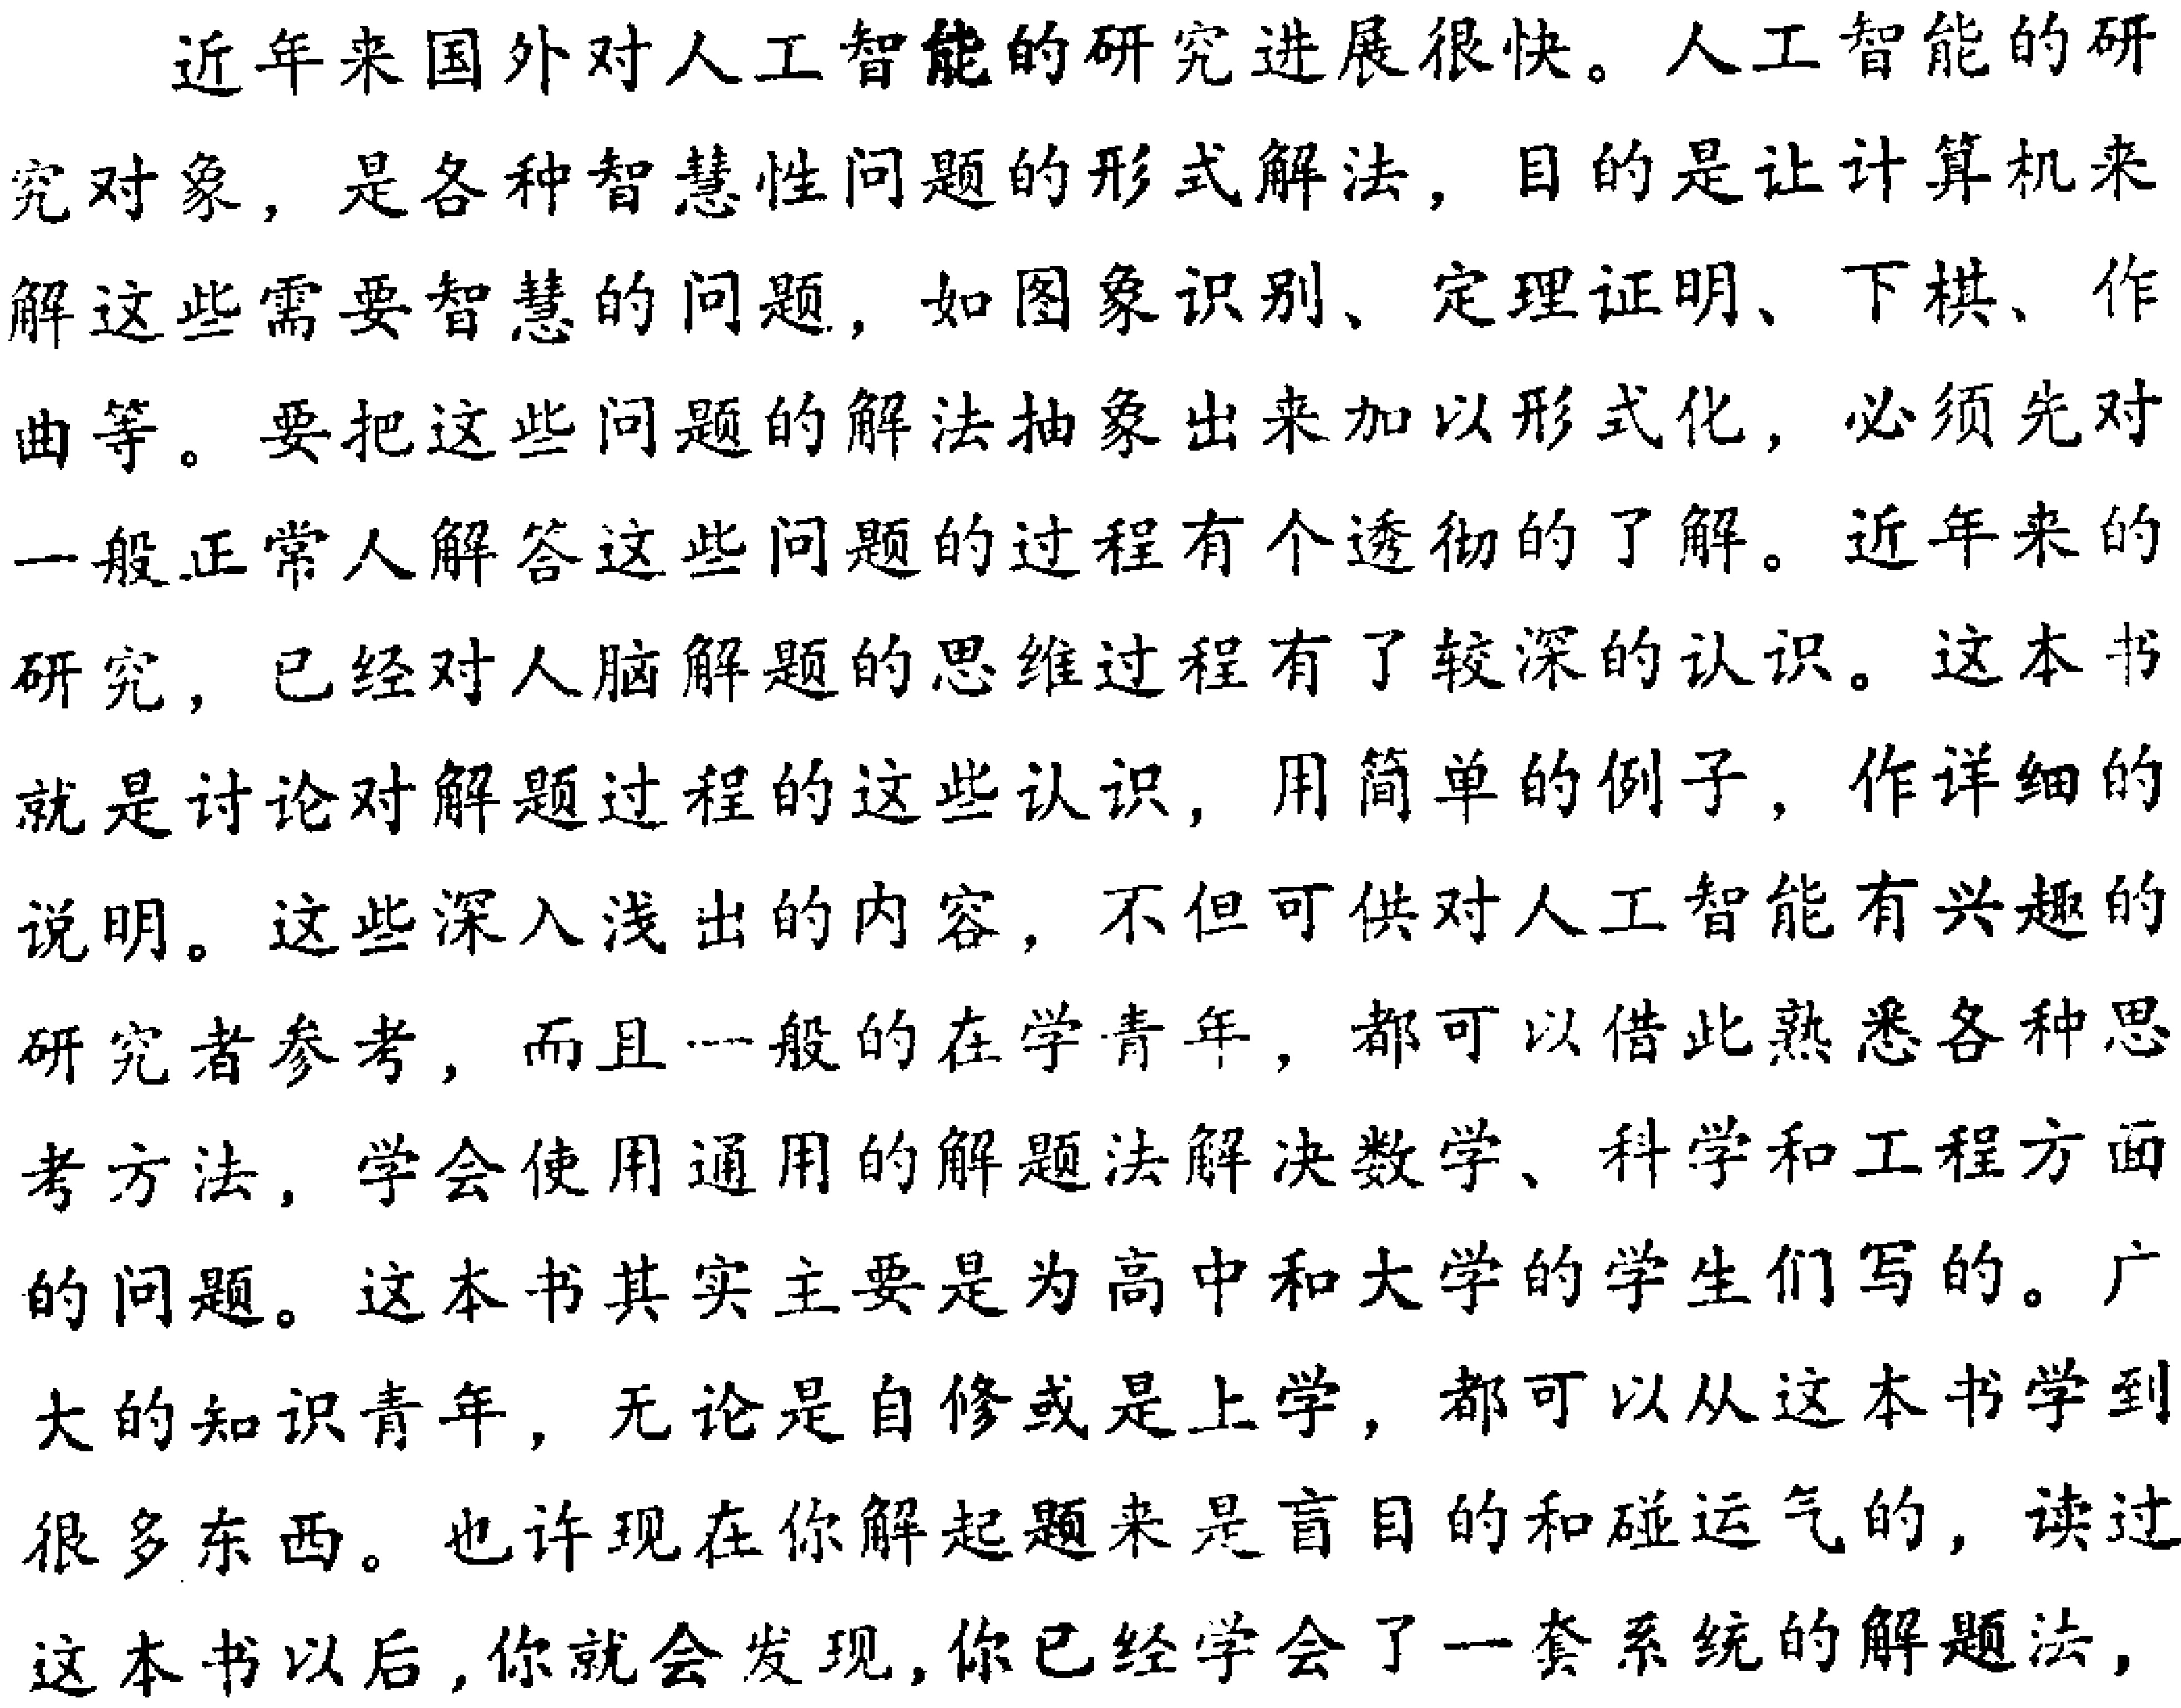
近年来国外对人工智能的研究进展很快。人工智能的研

究对象，是各种智慧性问题的形式解法，目的是让计算机来

解这些需要智慧的问题，如图象识别、定理证明、下棋、作

曲等。要把这些问题的解法抽象出来加以形式化，必须先对

一般正常人解答这些问题的过程有个透彻的了解。近年来的

研究，已经对人脑解题的思维过程有了较深的认识。这本书

就是讨论对解题过程的这些认识，用简单的例子，作详细的

说明。这些深入浅出的内容，不但可供对人工智能有兴趣的

研究者参考，而且一般的在学青年，都可以借此熟悉各种思

考方法，学会使用通用的解题法解决数学、科学和工程方面

的问题。这本书其实主要是为高中和大学的学生们写的。广

大的知识青年，无论是自修或是上学，都可以从这本书学到

很多东西。也许现在你解起题来是盲目的和碰运气的，读过

这本书以后，你就会发现，你已经学会了一套系统的解题法，